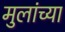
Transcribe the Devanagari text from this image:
मुलांच्‍या